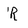
Character: R